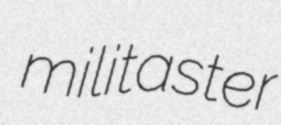
militaster